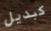
كبديل